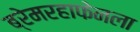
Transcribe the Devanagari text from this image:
ब्रेमरहाफेनला